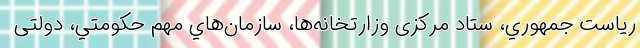
رياست جمهوري، ستاد مرکزی وزارتخانه‌ها، سازمان‌هاي مهم حكومتي، دولتی